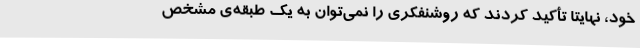
خود، نهایتاً تأکید کردند که روشنفکری را نمی‌توان به یک طبقه‌ی مشخص